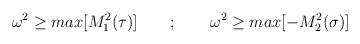
LaTeX: \begin{align*}\omega^{2} \ge max[M^{2}_{1}(\tau)]\qquad ; \qquad \omega^{2} \ge max[-M^{2}_{2}(\sigma)]\end{align*}